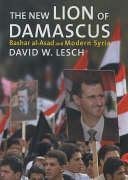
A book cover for The New Lion of Damascus: Bashar al-Asad and Modern Syria; David W. Lesch; History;